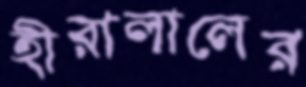
হীরালালের